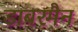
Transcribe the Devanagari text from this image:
डाबरमैन